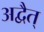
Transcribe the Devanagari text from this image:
अद्वैत्